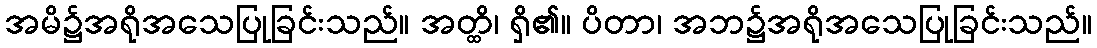
အမိ၌အရိုအသေပြုခြင်းသည်။ အတ္ထိ၊ ရှိ၏။ ပိတာ၊ အဘ၌အရိုအသေပြုခြင်းသည်။